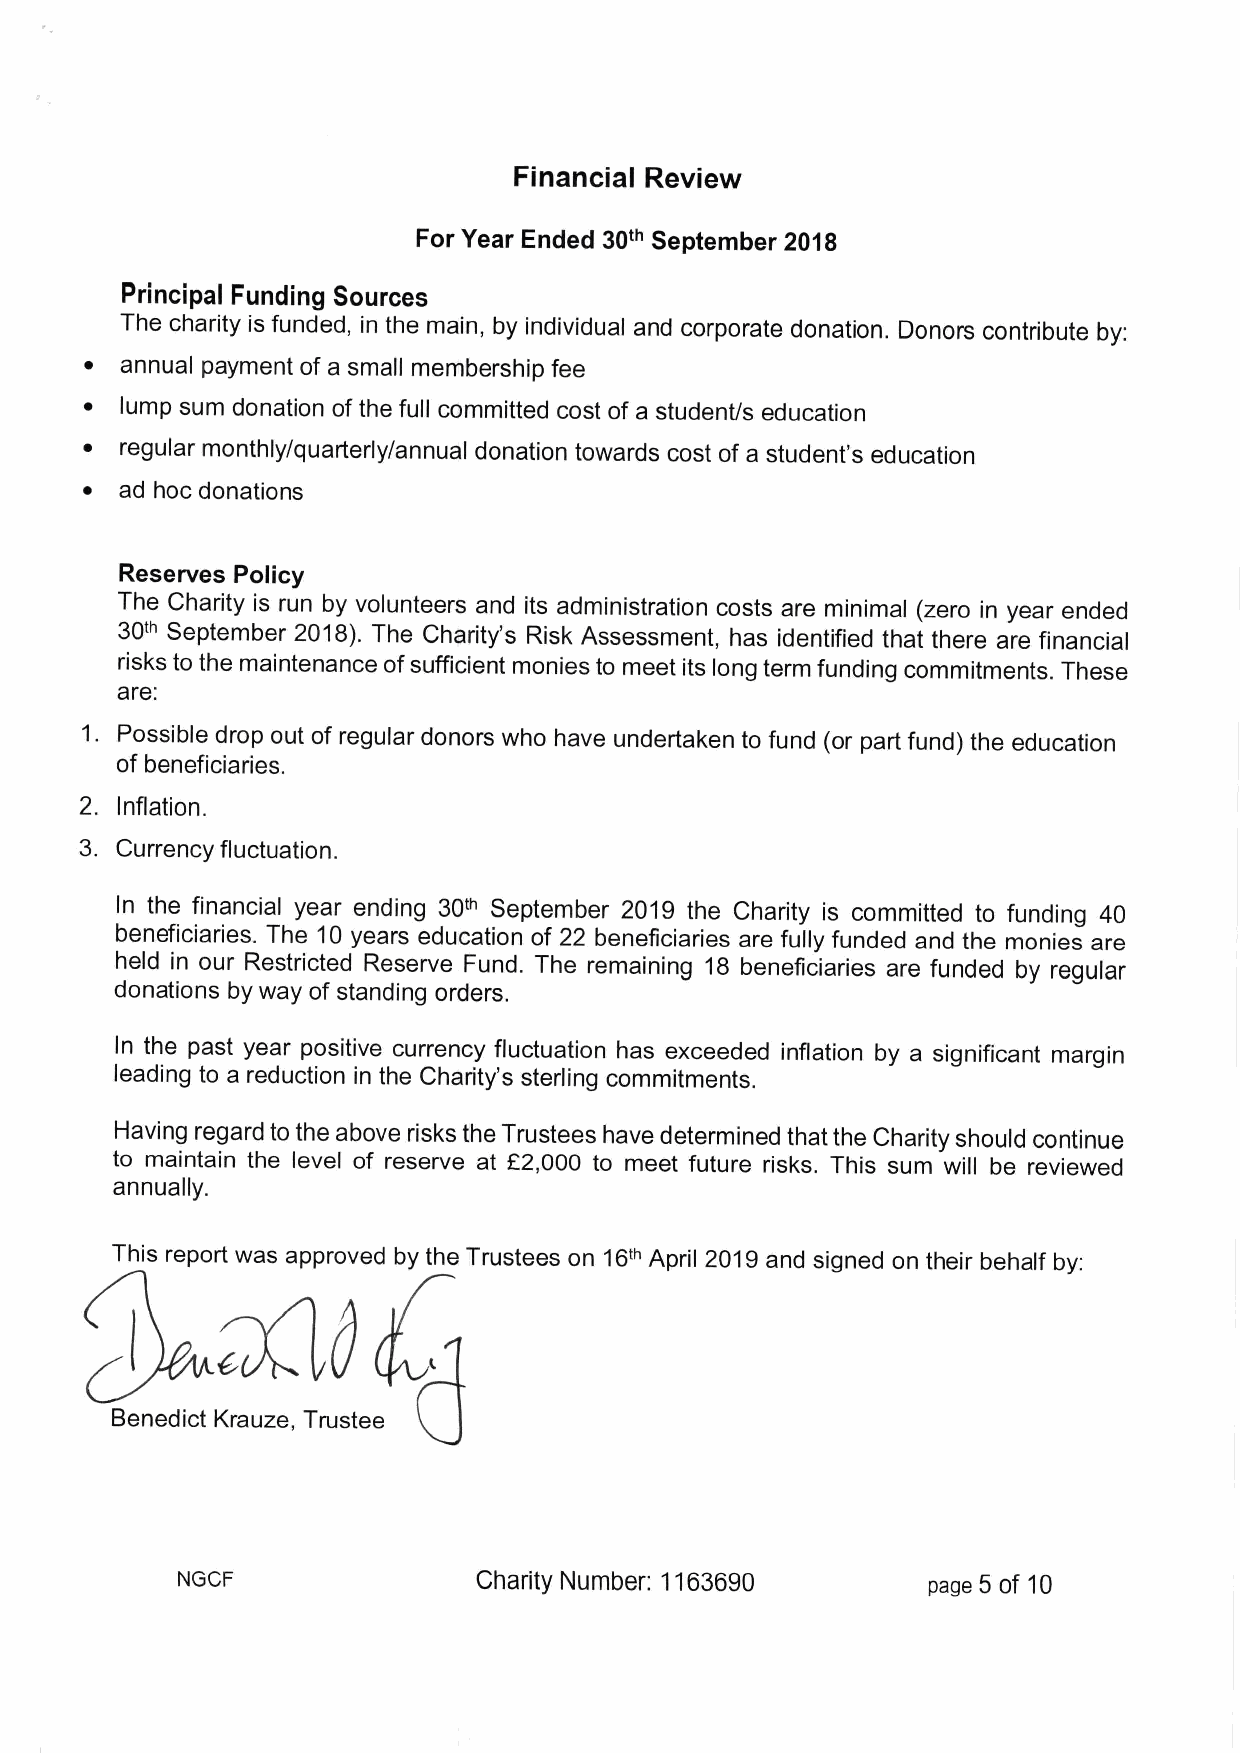
Financial Review
 For Year Ended 30'"September 2018
 Principal Funding Sources
 The charity is funded, in the main, by individual and corporate donation. Donors contribute by:
 ~ annual payment of a small membership fee
 ~ lump sum donation of the full committed cost of a student/s education
 ~  regular monthly/quarterly/annual donation towards cost of a student's education
 ~  ad hoc donations
 Reserves Policy
 The Charity is run by volunteers and its administration costs are minimal (zero in year ended
 30'" September 2018).The Charity's Risk Assessment, has identified that there are financial
 risks to the maintenance ofsufficient monies to meet its long term funding commitments. These
 are:
 1. Possible drop out of regular donors who have undertaken to fund (or part fund) the education
 of beneficiaries.
 2. Inflation.
 3.
 Currency fluctuation.
 In the financial year ending 30t" September 2019 the Charity is committed to funding 40
 beneficiaries. The 10 years education of 22 beneficiaries are fully funded and the monies are
 held in our Restricted Reserve Fund. The remaining 18 beneficiaries are funded by regular
 donations by way of standing orders.
 In the past year positive currency fluctuation has exceeded inflation by a significant margin
 leading to a reduction in the Charity's sterling commitments.
 Having regard to the above risks the Trustees have determined that the Charity should continue
 to maintain the level of reserve at E2,000 to meet future risks. This sum will be reviewed
 annually.
 This report was approved by the Trustees on 16'" April 2019and signed on their behalf by:
 Benedict Krauze, Trustee
 NGCF                Charity Number: 1163690      page 5 of 10